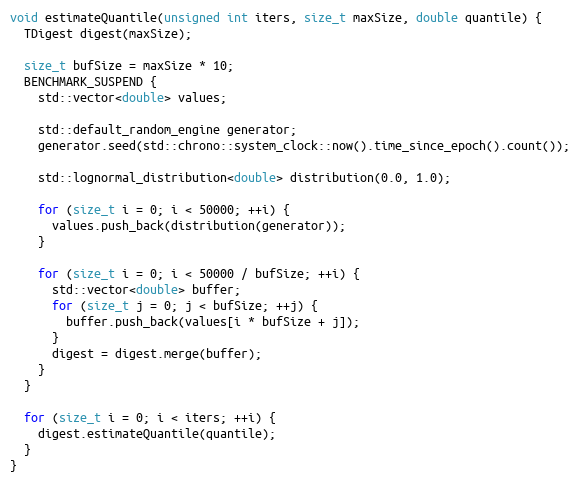
Language: C++
void estimateQuantile(unsigned int iters, size_t maxSize, double quantile) {
  TDigest digest(maxSize);

  size_t bufSize = maxSize * 10;
  BENCHMARK_SUSPEND {
    std::vector<double> values;

    std::default_random_engine generator;
    generator.seed(std::chrono::system_clock::now().time_since_epoch().count());

    std::lognormal_distribution<double> distribution(0.0, 1.0);

    for (size_t i = 0; i < 50000; ++i) {
      values.push_back(distribution(generator));
    }

    for (size_t i = 0; i < 50000 / bufSize; ++i) {
      std::vector<double> buffer;
      for (size_t j = 0; j < bufSize; ++j) {
        buffer.push_back(values[i * bufSize + j]);
      }
      digest = digest.merge(buffer);
    }
  }

  for (size_t i = 0; i < iters; ++i) {
    digest.estimateQuantile(quantile);
  }
}